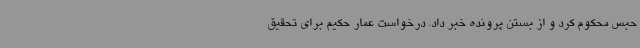
حبس محکوم کرد و از بستن پرونده خبر داد. درخواست عمار حکیم برای تحقیق